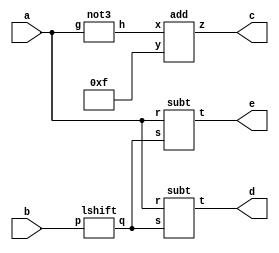
`timescale 1ns / 1ps
//////////////////////////////////////////////////////////////////////////////////
// Company: 
// Engineer: 
// 
// Design Name: 
// Module Name:    BMR 
// Project Name: 
// Target Devices: 
// Tool versions: 
// Description: 
//
// Dependencies: 
//
// Revision: 
// Revision 0.01 - File Created
// Additional Comments: 
//
//////////////////////////////////////////////////////////////////////////////////
module BMR(a,b,c,d,e);
input [3:0]a,b;
output [3:0]c,d,e;
wire [3:0]x1,x2,x3;
assign x2 = 4'b1111;
not3 n1(a,x1);
add a1(x1,x2,c);
lshift sh1(b,x3);
subt t1(a,x3,d);
subt t2(a,x3,e);
endmodule

module not3(g,h);
input [3:0]g;
output [3:0]h;
assign h = ~g;
endmodule 


module add(x,y,z);
input [3:0]x,y;
output [3:0]z;
assign z = x + y;
endmodule


module lshift(p,q);
input [3:0]p;
output [3:0]q;
assign q = p << 1;
endmodule 


module subt(r,s,t);
input [3:0]r,s;
output [3:0]t;
assign t = r - s;
endmodule